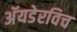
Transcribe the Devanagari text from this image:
अॅयडेरविच